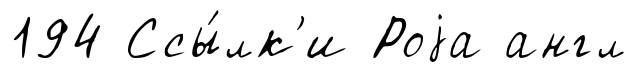
194 Ссы́лк'и Роjа англ